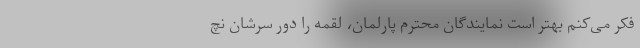
فکر می‌کنم بهتر است نمایندگان محترم پارلمان، لقمه را دور سرشان نچ